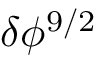
\delta \phi ^ { 9 / 2 }